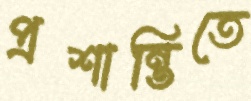
প্রশান্তিতে